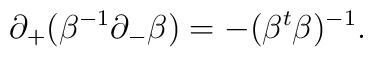
\partial_+ (\beta^{-1} \partial_- \beta) = - (\beta^t \beta)^{-1}.